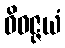
ဝိဝဇ္ဇယံ